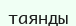
таянды